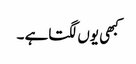
کبھی یوں لگتاہے ۔